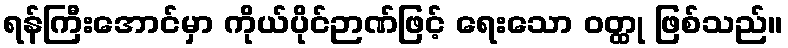
ရန်ကြီးအောင်မှာ ကိုယ်ပိုင်ဉာဏ်ဖြင့် ရေးသော ဝတ္ထု ဖြစ်သည်။